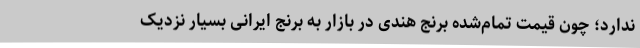
ندارد؛ چون قیمت تمام‌شده برنج هندی در بازار به برنج ایرانی بسیار نزدیک